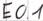
Text: E0.1